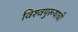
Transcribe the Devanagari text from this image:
विश्‍वपुरूषाची